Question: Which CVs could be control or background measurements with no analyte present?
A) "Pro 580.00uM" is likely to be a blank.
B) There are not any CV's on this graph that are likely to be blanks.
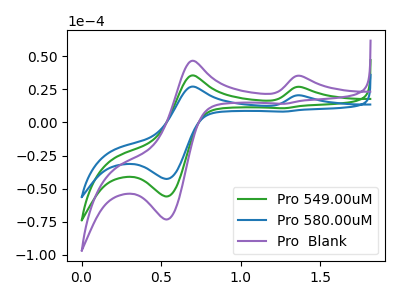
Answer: <think>The green curve "Pro 549.00uM" has anodic peaks at (1.40V, 26.85uA) (0.70V, 35.60uA) and cathodic peaks at (0.55V, -55.95uA) (1.25V, 10.80uA). The blue curve "Pro 580.00uM" has anodic peaks at (1.40V, 20.50uA) (0.70V, 27.15uA) and cathodic peaks at (0.55V, -42.70uA) (1.25V, 8.25uA). The purple curve "Pro  Blank" has anodic peaks at (1.40V, 53.75uA) (0.70V, 71.20uA) and cathodic peaks at (0.55V, -111.90uA) (1.25V, 21.60uA).</think>
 <answer>B) There are not any CV's on this graph that are likely to be blanks.</answer>
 <eval>B</eval>